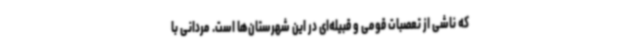
که ناشی از تعصبات قومی و قبیله‌ای در این شهرستان‌ها است. مردانی با